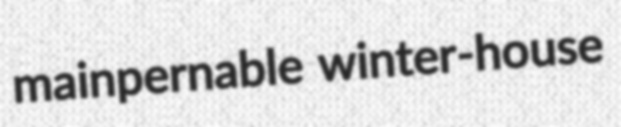
mainpernable winter-house